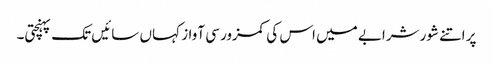
پر اتنے شورشرابے میں اس کی کمزور سی آواز کہاں سائیں تک پہنچتی۔